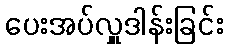
ပေးအပ်လှူဒါန်းခြင်း